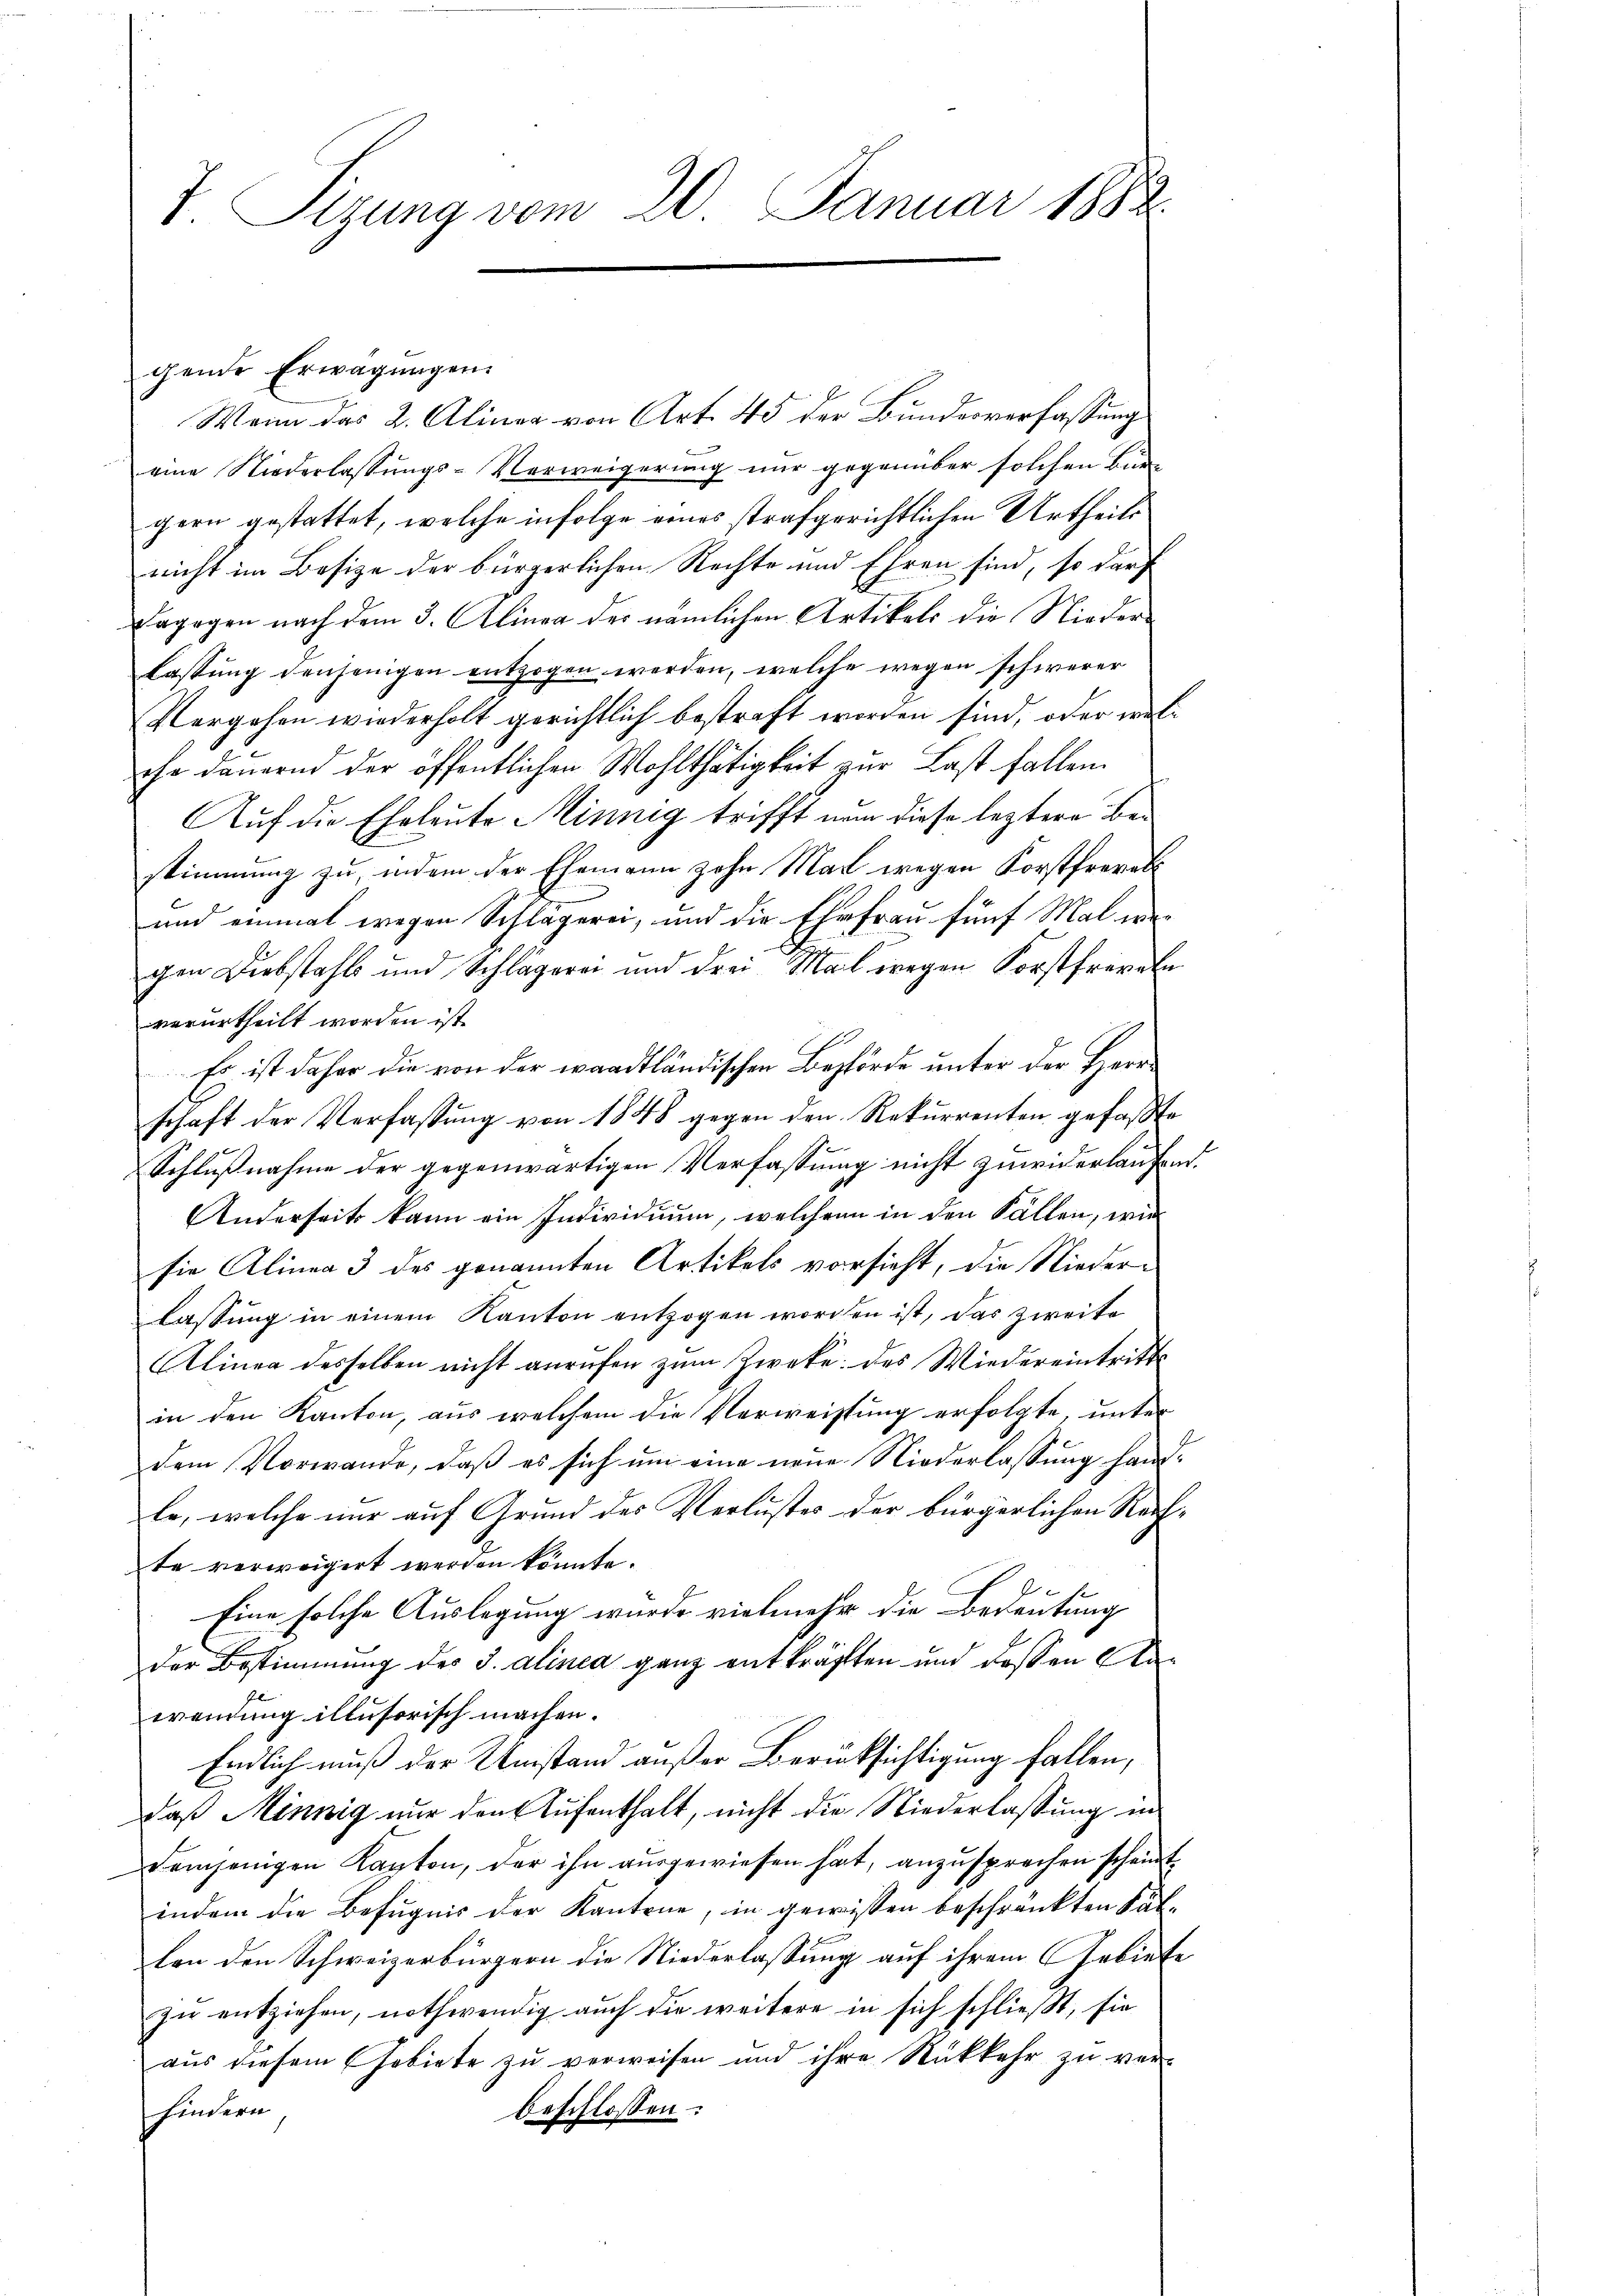
T. Sizung vom 20. Januar 1882.

gende Erwägungen.
Wenn das 2. Aliner von Art. 45 der Bundesverfassung
eine Niederlassungs-Verweigerung nur gegenüber solchen Bun-
gern gestattet, welche infolge eines strafgerichtlichen Urtheils
nicht im Besize der bürgerlichen Rechte und Ehren sind, so dar
dagogen nach dem 3. Alinea der nämlichen Artikels die Niederlassung denjenigen entzogen werden, welche wegen schwerer
Vergehen wiederholt gerichtlich bestraft worden sind, oder welehe dauernd der öffentlichen Wohlthätigkeit zur Last fallen.
Auf die Eheleute Minnig trifft nem diese leztere Bestimmung zu, indem der Ehemann zohn Mal wegen Forstfrevet
und einmal wegen Schlägerei, und die Ehefrau fünf Mal wegen Diebstahls und Schlägerei und drei Mal wegen Forstfreveln
verurtheilt worden ist.
Es ist daher die von der waadtländischen Behörde unter der Herrschaft der Verfassung von 1848 gegen den Rekurrenten gefaßte
Schlußnahme der gegenwärtigen Verfassung nicht zuwiderlaufen.
Anderseits kann ein Individuum, welchen in den Fällen, wie
sie Alinea 3 des genannten Artikels vorsieht, die Nieder-
lassŭng in einem Kanton entzogen worden ist, das zweite
Alinea desselben nicht anrufen zum Zweke: des Wiedereintritt
in den Kanton, aus welchem die Verweistung erfolgte, unter
dem Vorwande, daß es sich um eine neue Niederlassung hand-
le, welche nur auf Grund des Verlustes der bürgerlichen Reifte verweigert werden könnte.
Eine solche Auslegung wurde vielmehr die Bedeutung
der Bestimmung der J. alinea ganz entkräften und dessen Anwrennung illusorisch machen.
Endlich muß der Umstand außer Berücksichtigung fallen,
daß Minnig nur den Aufenthalt, nicht die Niederlassung in
demjenigen Kapton, der ihn ausgewiesen hat, anzusprechen scheint
indem die Befugnis der Kantone, in gewissen beschränkten Fällon den Schweizerbürgern die Niederlassung auf ihrem Gebiete
zŭ entziehen, nothwendig auch die weitere in sich schließt, sie
aus diesem Gebiete zu verweisen und ihre Rückkehr zu ver-
hindern
beschlossen